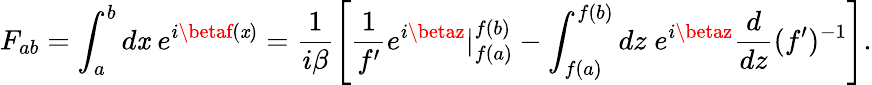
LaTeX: F_{ab}=\int_{a}^{b}d\mathit{x}\; e^{i\betaf(\mathit{x})}=\frac{{1}}{{i\beta}}\left[\frac{{1}}{{f{'}}}e^{i\betaz}|_{f(a)}^{f(b)}-\int_{f(a)}^{f(b)}dz\; e^{i\betaz}\frac{{d}}{{dz}}(f{'})^{-1}\right].